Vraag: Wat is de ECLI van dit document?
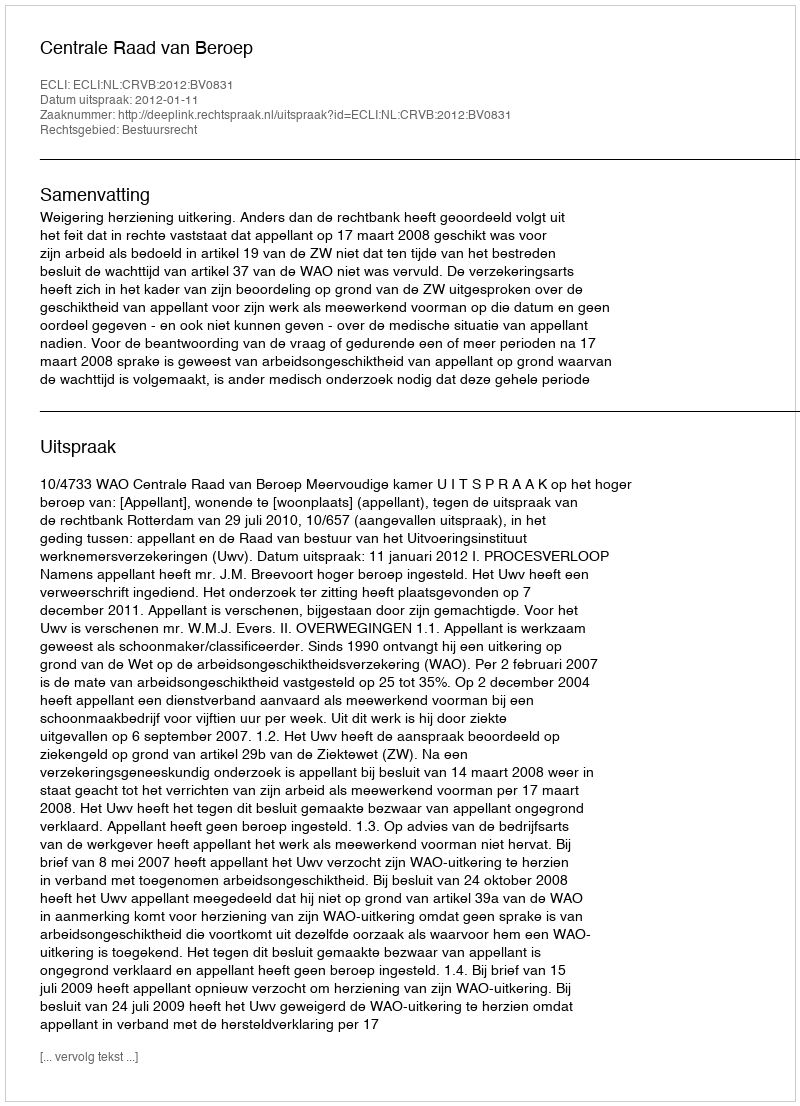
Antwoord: ECLI:NL:CRVB:2012:BV0831